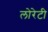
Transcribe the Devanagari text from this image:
लोरेटी